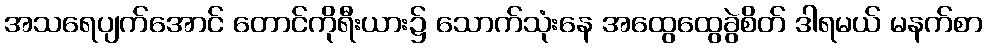
အသရေပျက်အောင် တောင်ကိုရီးယား၌ သောက်သုံးနေ အထွေထွေခွဲစိတ် ဒါရမယ် မနက်စာ